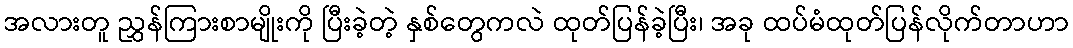
အလားတူ ညွှန်ကြားစာမျိုးကို ပြီးခဲ့တဲ့ နှစ်တွေကလဲ ထုတ်ပြန်ခဲ့ပြီး၊ အခု ထပ်မံထုတ်ပြန်လိုက်တာဟာ